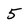
Character: 5